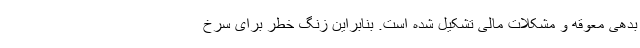
بدهی معوقه و مشکلات مالی تشکیل شده است. بنابراین زنگ خطر برای سرخ